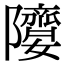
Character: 𨽘